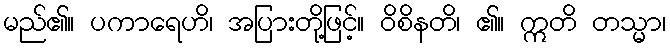
မည်၏။ ပကာရေဟိ၊ အပြားတို့ဖြင့်။ ဝိစိနတိ၊ ၏။ ဣတိ တသ္မာ၊